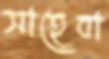
সাহেবা